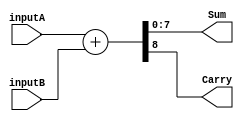
module adderPlus #(parameter N = 8 ) (inputA,inputB,Sum,Carry);
input [N-1:0] inputA, inputB;
output [N-1:0] Sum;
output Carry;

assign {Carry,Sum} = inputA + inputB;

endmodule